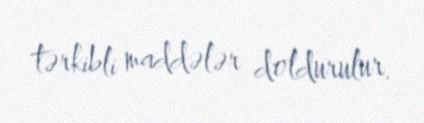
tərkibli maddələr doldurulur.